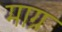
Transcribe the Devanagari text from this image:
माग्र